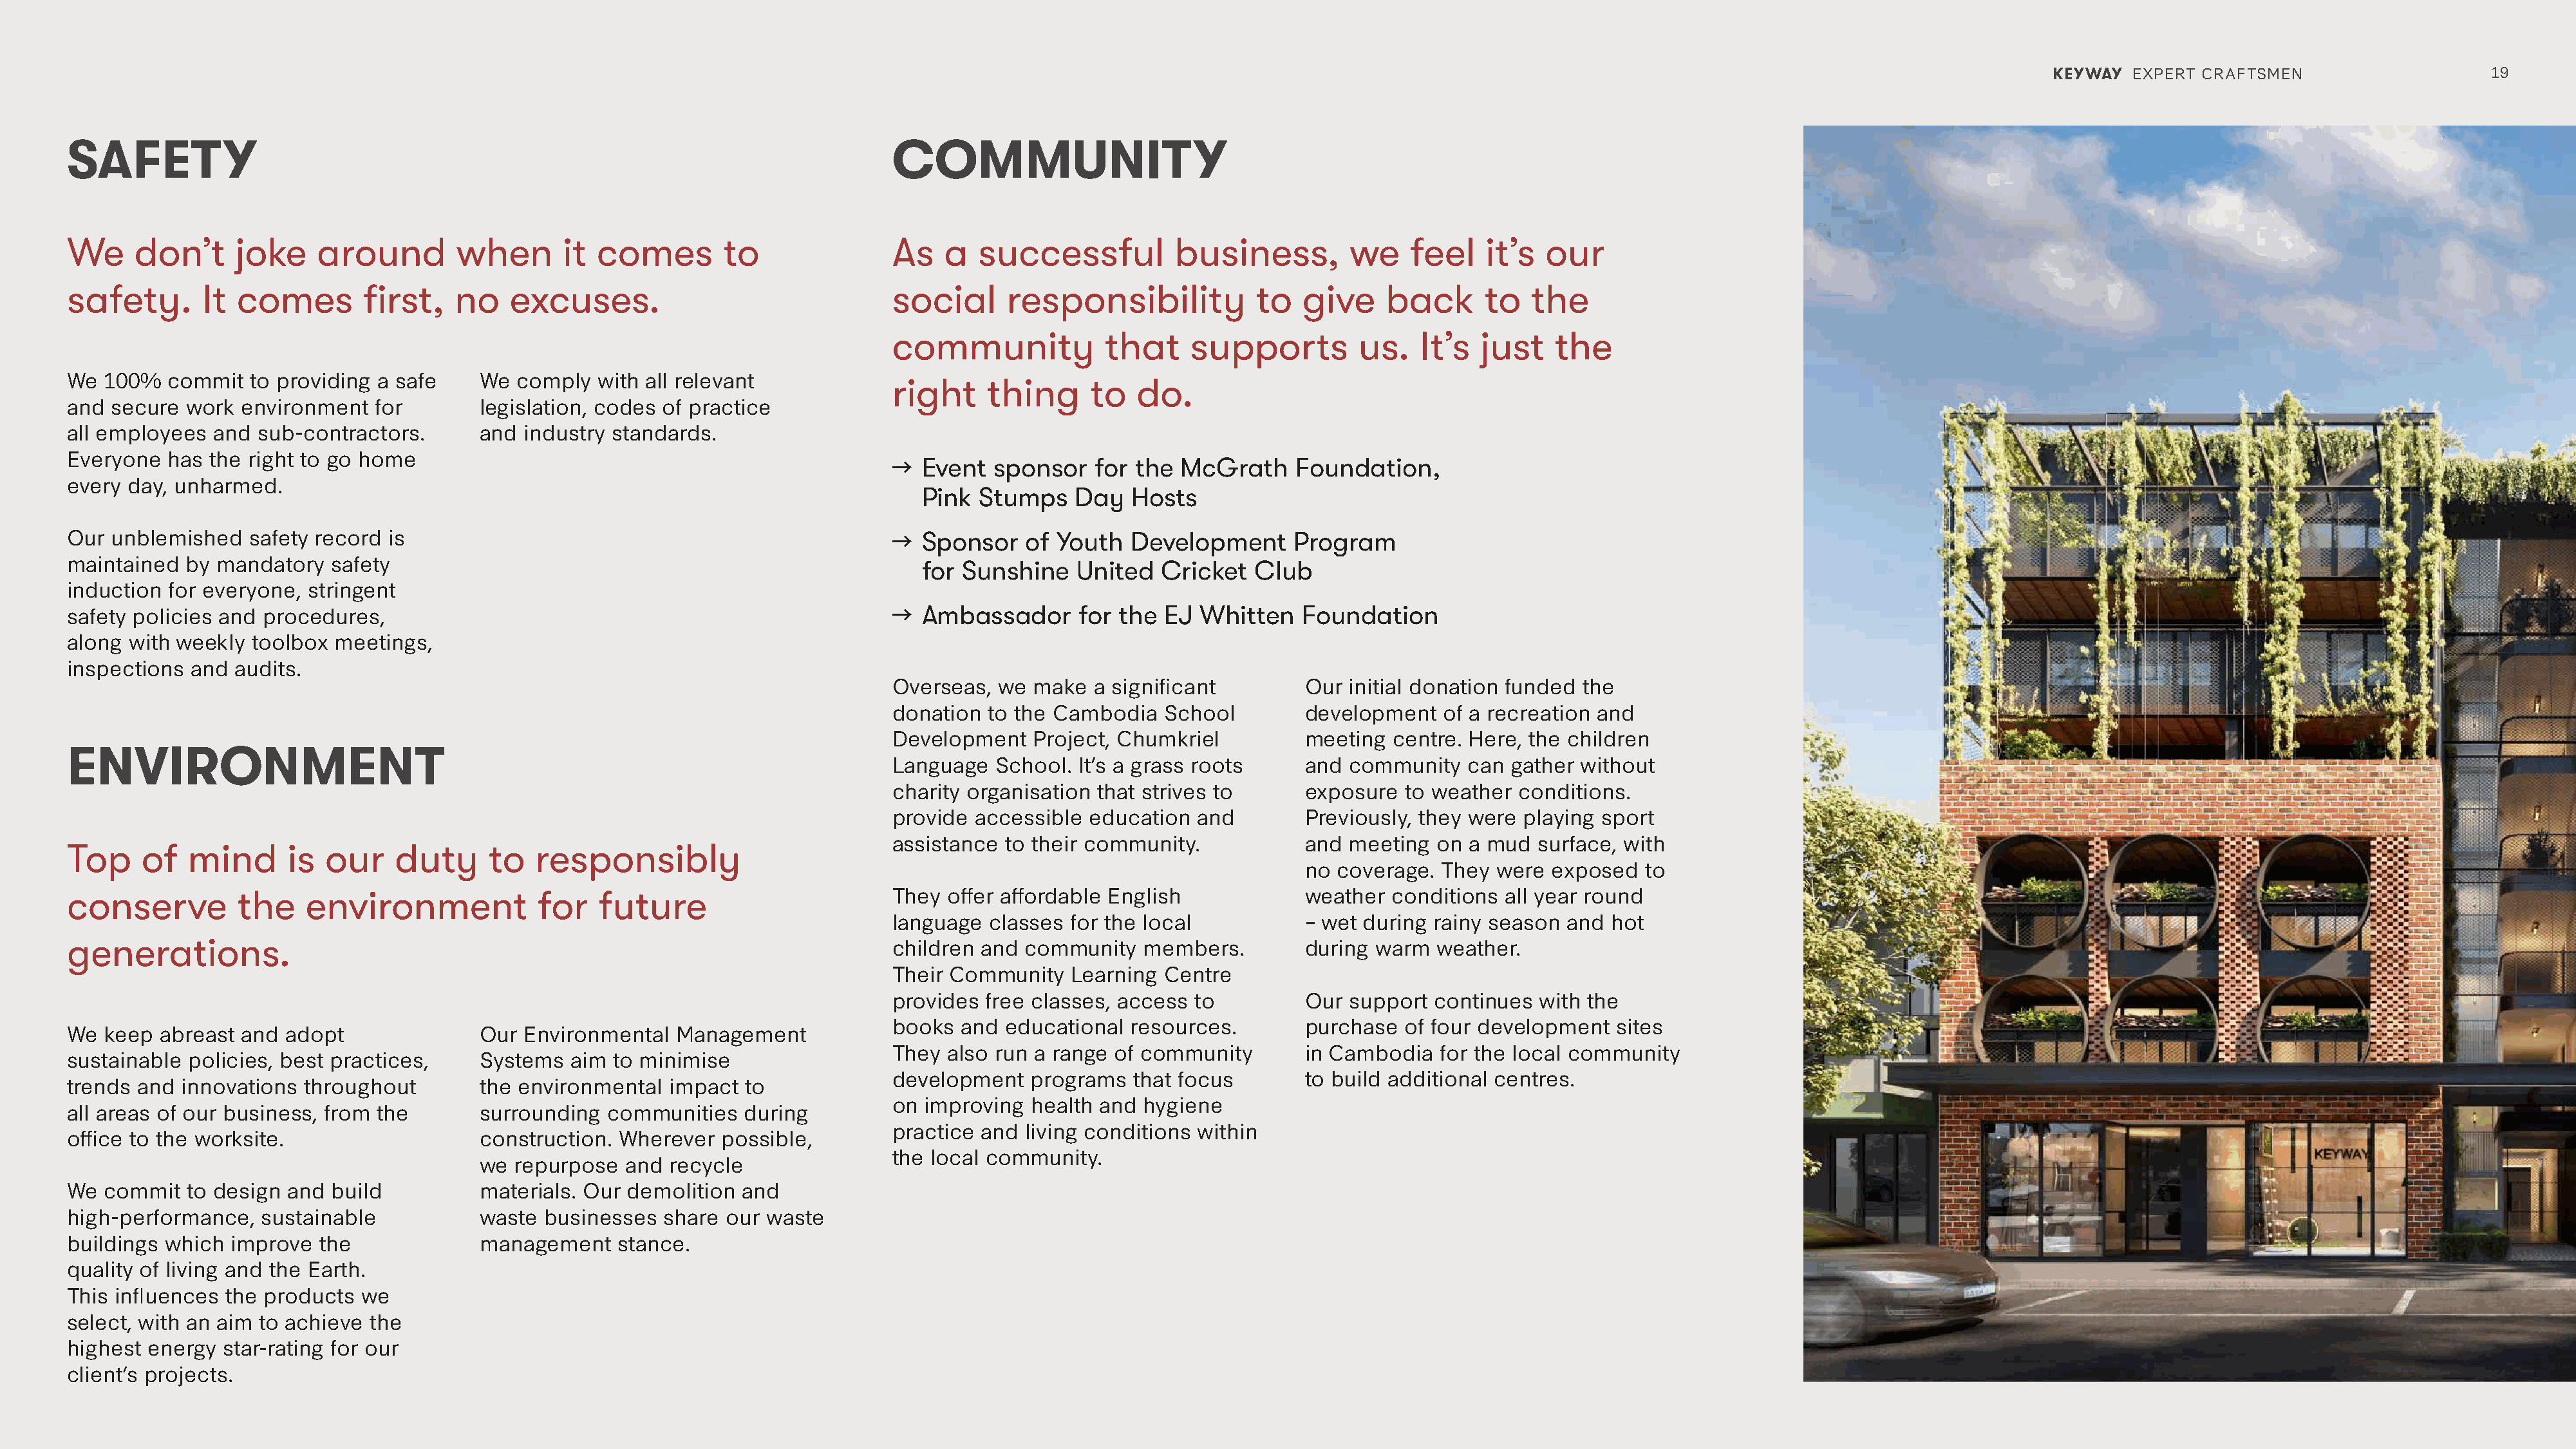
KEYWAY  EXPERT CRAFTSMEN                     19
 SAFETY                                                                               COMMUNITY
 We     don’t     joke     around        when       it comes        to                As   a   successful          business,         we    feel    it’s  our
 safety.       It comes        first,    no   excuses.                                social      responsibility           to   give    back       to  the
 community             that    supports          us.   It’s  just    the
 We  100%  commit   to providing a safe    We  comply  with all relevant              right    thing      to   do.
 and secure  work  environment   for       legislation, codes of practice
 all employees  and  sub-contractors.      and  industry standards.
 Everyone  has  the right to go home
 →  Event  sponsor    for the McGrath     Foundation,
 every day, unharmed.
 Pink  Stumps    Day  Hosts
 Our unblemished    safety record is                                                  →  Sponsor   of  Youth  Development      Program
 maintained  by mandatory   safety                                                       for Sunshine    United  Cricket   Club
 induction for everyone,  stringent
 →  Ambassador      for the  EJ Whitten    Foundation
 safety policies and procedures,
 along with weekly  toolbox meetings,
 inspections  and audits.
 Overseas,  we make  a significant         Our  initial donation funded the
 donation  to the Cambodia   School        development   of a recreation and
 Development   Project, Chumkriel          meeting  centre. Here, the children
 ENVIRONMENT
 Language  School.  It’s a grass roots     and  community   can gather  without
 charity organisation that strives to      exposure  to weather  conditions.
 provide accessible  education  and        Previously, they were  playing sport
 assistance to their community.            and  meeting  on a mud  surface, with
 Top     of  mind       is our     duty     to   responsibly
 no coverage.  They  were  exposed  to
 conserve         the    environment             for    future                        They offer affordable English             weather  conditions  all year round
 language  classes for the local           – wet during rainy season  and  hot
 generations.
 children and community    members.        during warm   weather.
 Their Community   Learning  Centre
 provides free classes, access  to         Our  support continues  with the
 books  and educational  resources.        purchase  of four development   sites
 We  keep abreast  and adopt               Our  Environmental  Management
 They also run a range  of community       in Cambodia   for the local community
 sustainable policies, best practices,     Systems   aim to minimise
 development   programs  that focus        to build additional centres.
 trends and  innovations throughout        the environmental   impact  to
 on improving  health and  hygiene
 all areas of our business, from the       surrounding  communities    during
 practice and living conditions within
 office to the worksite.                   construction.  Wherever  possible,
 the local community.
 we  repurpose  and  recycle
 We  commit  to design  and build          materials. Our demolition  and
 high-performance,   sustainable           waste  businesses  share  our waste
 buildings which  improve  the             management    stance.
 quality of living and the Earth.
 This influences the products  we
 select, with an aim to achieve the
 highest energy  star-rating for our
 client’s projects.